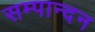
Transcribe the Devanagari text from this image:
सम्पान्दन